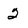
Character: 2